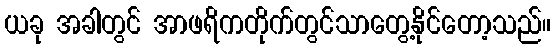
ယခု အခါတွင် အာဖရိကတိုက်တွင်သာတွေ့နိုင်တော့သည်။